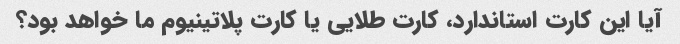
آیا این کارت استاندارد، کارت طلایی یا کارت پلاتینیوم ما خواهد بود؟